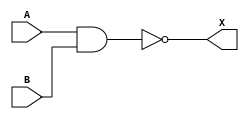
module nand_gate_bitwise (A, B, X);

  input A, B;
  output X;

  assign X = !(A & B);

endmodule